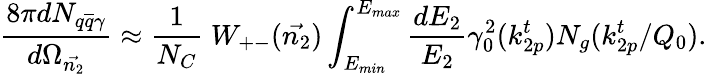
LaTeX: \frac{8\pi dN_{q\overline{{{q}}}\gamma}}{d\Omega_{\vec{n_{2}}}}\approx\frac{1}{N_{C}}\; W_{+-}({\vec{n_{2}}})\int_{E_{min}}^{E_{max}}\frac{dE_{2}}{E_{2}}\gamma_{0}^{2}(k_{2p}^{t})N_{g}(k_{2p}^{t}/Q_{0}).